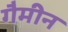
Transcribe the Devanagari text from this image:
गैमीन